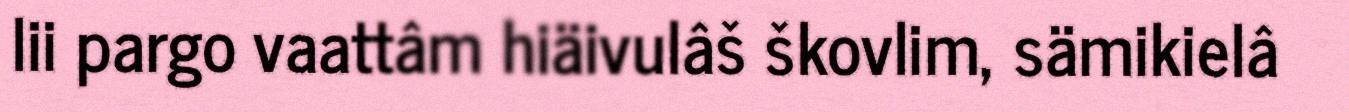
lii pargo vaattâm hiäivulâš škovlim, sämikielâ